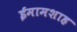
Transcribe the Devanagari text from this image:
ईमामशाह